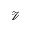
\mathcal { V }